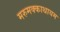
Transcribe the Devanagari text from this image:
मरुमक्काथायम